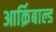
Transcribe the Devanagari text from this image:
आर्क़िबाल्ड